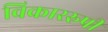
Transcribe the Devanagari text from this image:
विकाररुपी